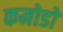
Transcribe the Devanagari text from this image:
कमोडो